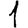
Digit: 1